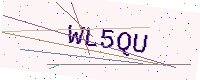
Text: WL5QU